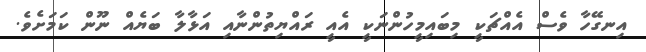
އިނގޭހާ ވެސް އެއްޗަކީ މިބައިމީހުންނަކީ އެއީ ރައްޔިތުންނާއި އަޅާލާ ބަޔެއް ނޫން ކަމަށެވެ.